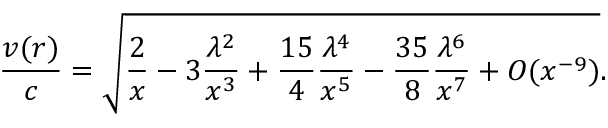
\frac { v ( r ) } { c } = \sqrt { \frac { 2 } { x } - 3 \frac { \lambda ^ { 2 } } { x ^ { 3 } } + \frac { 1 5 } { 4 } \frac { \lambda ^ { 4 } } { x ^ { 5 } } - \frac { 3 5 } { 8 } \frac { \lambda ^ { 6 } } { x ^ { 7 } } + { \cal O } ( x ^ { - 9 } ) } .